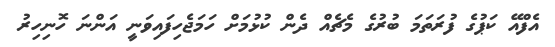
އެފްއޭ ކަޕުގެ ފުރަތަމަ ބުރުގެ މެޗެއް ދެން ކުޅުމަށް ހަމަޖެހިފައިވަނީ އަންނަ ހޮނިހިރު